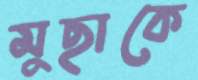
মুছাকে